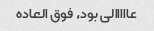
عااااالی بود، فوق العاده